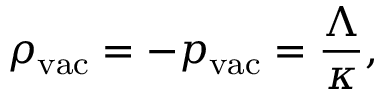
\rho _ { \mathrm { v a c } } = - p _ { \mathrm { v a c } } = { \frac { \Lambda } { \kappa } } ,